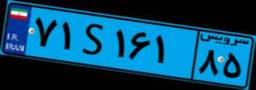
۸۰S۹۹۶۰۲